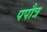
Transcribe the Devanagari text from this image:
पपौत्र